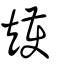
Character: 矱